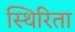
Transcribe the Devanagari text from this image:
स्थिरिता